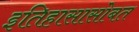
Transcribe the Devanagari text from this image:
इतिहासासोबत